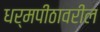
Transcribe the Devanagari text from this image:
धर्मपीठावरील